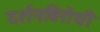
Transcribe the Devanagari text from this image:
दर्शनविरोधी